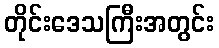
တိုင်းဒေသကြီးအတွင်း